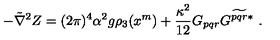
- \tilde { \nabla } ^ { 2 } Z = ( 2 \pi ) ^ { 4 } \alpha ^ { 2 } g \rho _ { 3 } ( x ^ { m } ) + \frac { \kappa ^ { 2 } } { 1 2 } G _ { p q r } G ^ { \widetilde { p q r } * } \ .